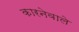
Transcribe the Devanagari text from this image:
कारनेवाले